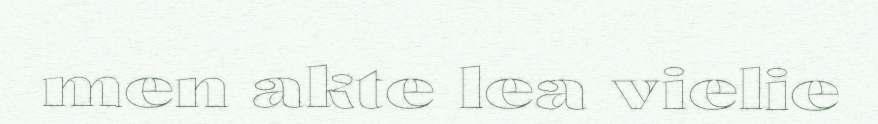
men akte lea vielie